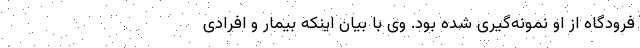
فرودگاه از او نمونه‌گیری شده بود. وی با بیان اینکه بیمار و افرادی